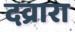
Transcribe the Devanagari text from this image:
दव्रारा